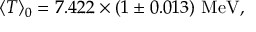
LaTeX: \langle T \rangle _ { 0 } = 7 . 4 2 2 \times ( 1 \pm 0 . 0 1 3 ) ~ \mathrm { M e V } ,